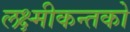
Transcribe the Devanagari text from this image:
लक्ष्मीकन्तको